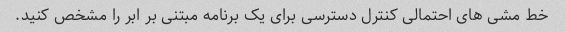
خط مشی های احتمالی کنترل دسترسی برای یک برنامه مبتنی بر ابر را مشخص کنید.